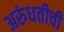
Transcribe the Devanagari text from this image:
अरुंधतीची